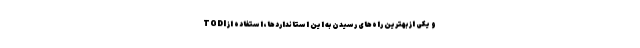
و یکی از بهترین راه‌های رسیدن به این استانداردها، استفاده از TGDI